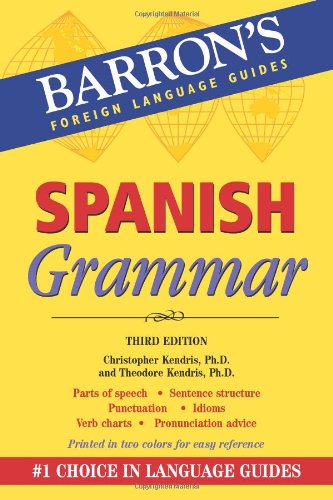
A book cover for Spanish Grammar (Barron's Grammar Series); Christopher Kendris Ph.D.; Reference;